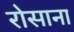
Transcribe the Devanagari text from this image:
रोसाना